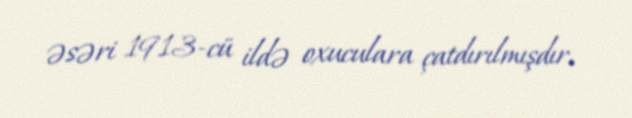
əsəri 1913-cü ildə oxuculara çatdırılmışdır.